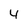
Character: 4